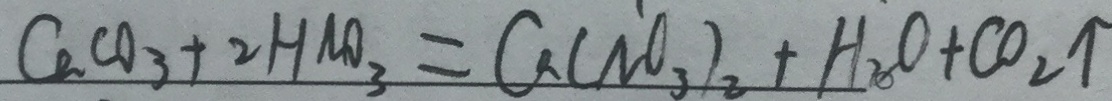
C a C O _ { 3 } + 2 H N O _ { 3 } = C a ( N O _ { 3 } ) _ { 2 } + H _ { 2 } O + C O _ { 2 } \uparrow